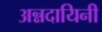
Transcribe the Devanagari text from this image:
अन्नदायिनी